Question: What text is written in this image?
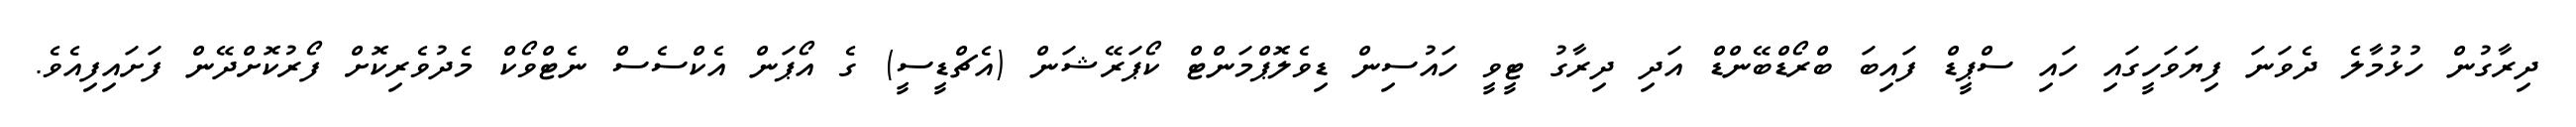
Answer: ދިރާގުން ހުޅުމާލެ ދެވަނަ ފިޔަވަހީގައި ހައި ސްޕީޑް ފައިބަ ބްރޯޑްބޭންޑް އަދި ދިރާގު ޓީވީ ހައުސިން ޑިވެލޮޕްމަންޓް ކޯޕަރޭޝަން (އެޗްޑީސީ) ގެ އޯޕަން އެކްސެސް ނެޓްވޯކް މެދުވެރިކޮށް ފޯރުކޮށްދޭން ފަށައިފިއެވެ.